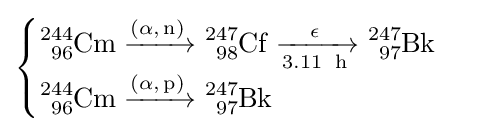
{\begin{cases}{\ce {^{244}_{96}Cm ->[{\ce {(\alpha,n)}}] ^{247}_{98}Cf ->[\epsilon][3.11 \ {\ce {h}}] ^{247}_{97}Bk}}\\{\ce {^{244}_{96}Cm ->[{\ce {(\alpha,p)}}] ^{247}_{97}Bk}}\end{cases}}